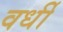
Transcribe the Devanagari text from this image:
वर्धी